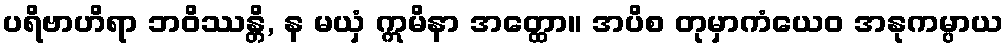
ပရိဗာဟိရာ ဘဝိဿန္တိ, န မယှံ ဣမိနာ အတ္ထော။ အပိစ တုမှာကံယေဝ အနုကမ္ပာယ